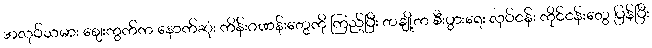
အလုပ်သမား စျေးကွက်က နောက်ဆုံး ကိန်းဂဏန်းတွေကို ကြည့်ပြီး တချို့က စီးပွားရေး လုပ်ငန်း ကိုင်ငန်းတွေ ပြန်ပြီး